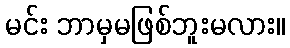
မင်း ဘာမှမဖြစ်ဘူးမလား။